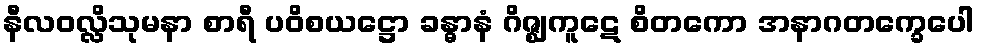
နီလဝလ္လိသုမနာ စာရီ ပဝိစယဋ္ဌော ခန္ဓာနံ ဂိဇ္ဈကူဋေ စိတကော အနာဂတက္ခေပေါ